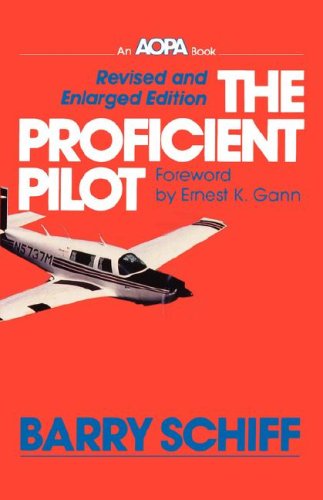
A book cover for The Proficient Pilot; Barry Schiff; Sports & Outdoors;